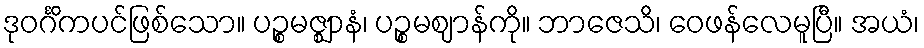
ဒုဝင်္ဂိကပင်ဖြစ်သော။ ပဉ္စမဇ္ဈာနံ၊ ပဉ္စမဈာန်ကို။ ဘာဇေသိ၊ ဝေဖန်လေမူပြီ။ အယံ၊